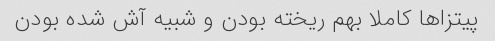
پیتزاها کاملا بهم ریخته بودن و شبیه آش شده بودن